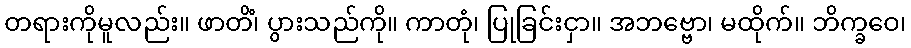
တရားကိုမူလည်း။ ဖာတိံ၊ ပွားသည်ကို။ ကာတုံ၊ ပြုခြင်းငှာ။ အဘဗ္ဗော၊ မထိုက်။ ဘိက္ခဝေ၊